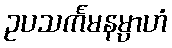
ဥပသင်္ကမနမ္ပာဟံ